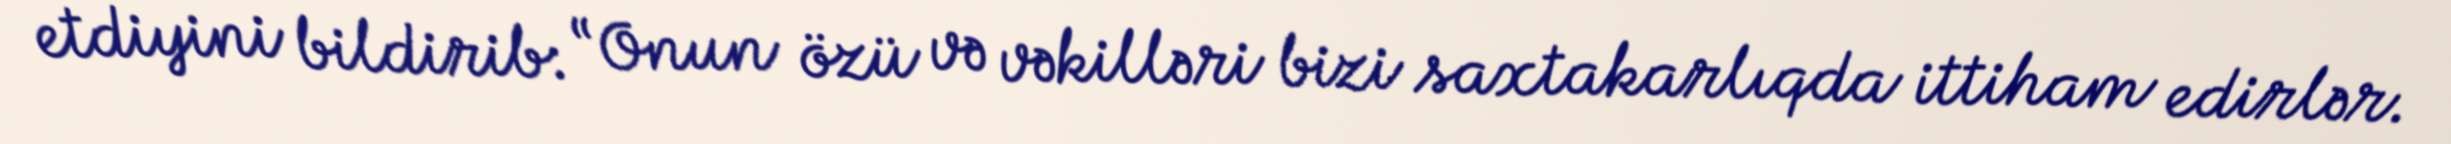
etdiyini bildirib: “Onun özü və vəkilləri bizi saxtakarlıqda ittiham edirlər.